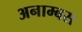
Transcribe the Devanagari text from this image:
अनाम्बस